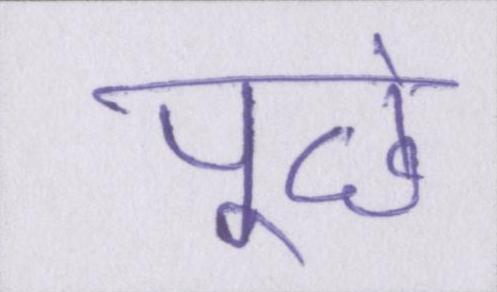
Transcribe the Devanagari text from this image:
पूछे